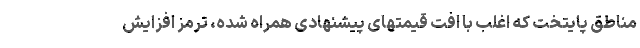
مناطق پایتخت که اغلب با افت قیمتهای پیشنهادی همراه شده، ترمز افزایش